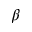
\beta